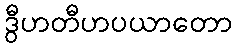
ဒွီဟတီဟပယာတော